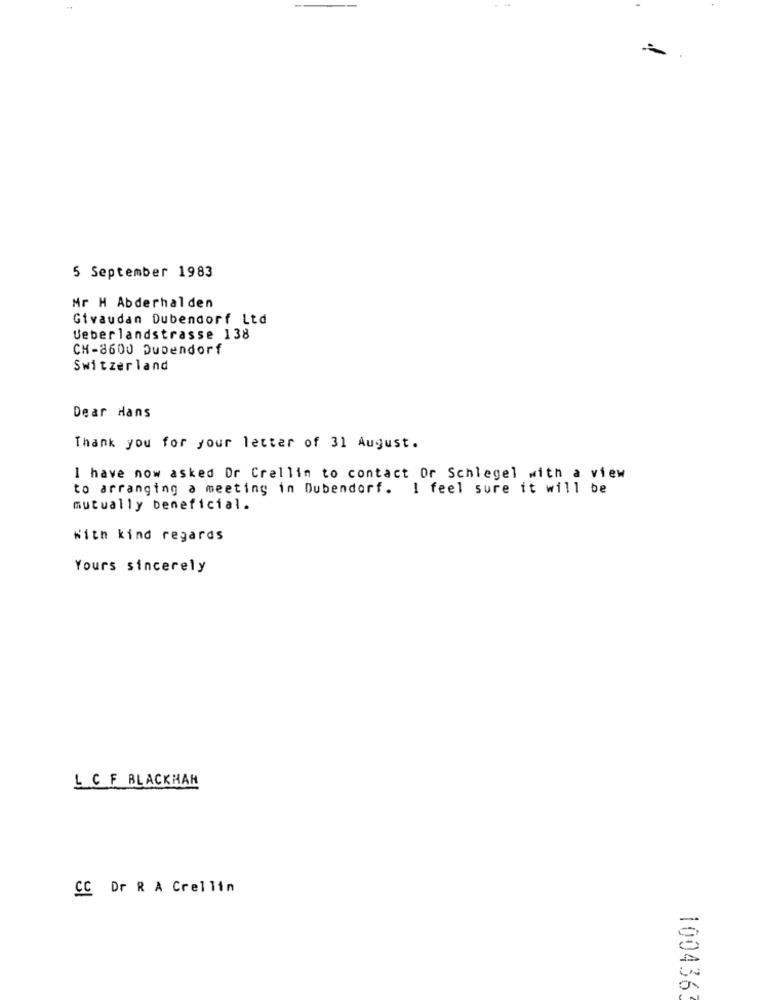
5 September 1983
Mr H Abderhalden
Givaudan Dubendorf Ltd
Ueberlandstrasse 138
CH-8600 DuDendorf
Switzerland
Dear Hans
Thank you for your letter of 31 August.
I have now asked Or Crellin to contact Or Schlegel with a view
to arranging a meeting in Dubendorf. I feel sure it will be
mutually beneficial.
With kind regards
Yours sincerely
L CF BLACKHAR
CC Dr R A Crellin
100436